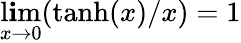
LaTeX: \operatorname*{l\mathbf{i}m}_{x\rightarrow0}(\operatorname{tanh}(x)/x)=1